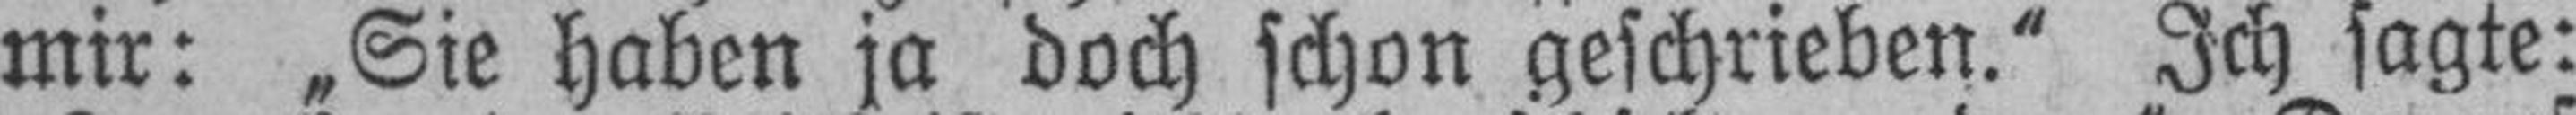
mir: „Sie haben ja doch schon geschrieben.“ Ich sagte: